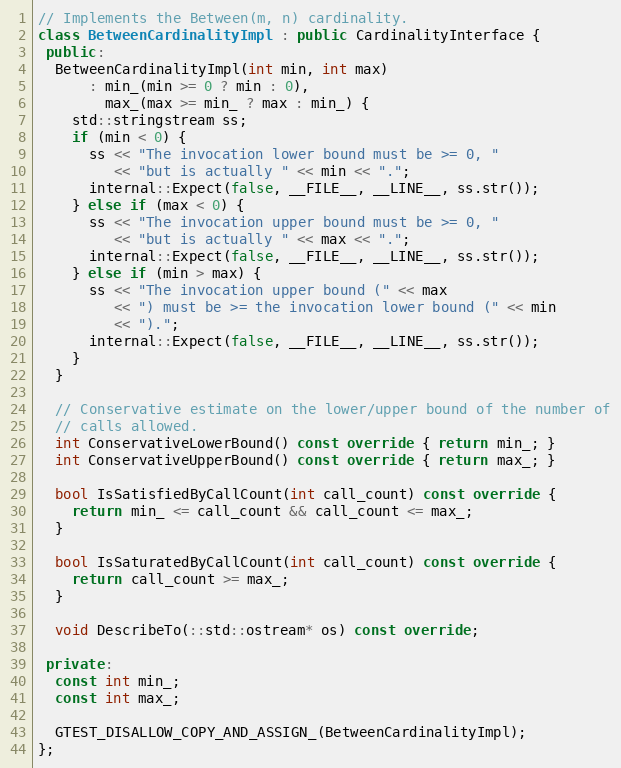
Language: C++
// Implements the Between(m, n) cardinality.
class BetweenCardinalityImpl : public CardinalityInterface {
 public:
  BetweenCardinalityImpl(int min, int max)
      : min_(min >= 0 ? min : 0),
        max_(max >= min_ ? max : min_) {
    std::stringstream ss;
    if (min < 0) {
      ss << "The invocation lower bound must be >= 0, "
         << "but is actually " << min << ".";
      internal::Expect(false, __FILE__, __LINE__, ss.str());
    } else if (max < 0) {
      ss << "The invocation upper bound must be >= 0, "
         << "but is actually " << max << ".";
      internal::Expect(false, __FILE__, __LINE__, ss.str());
    } else if (min > max) {
      ss << "The invocation upper bound (" << max
         << ") must be >= the invocation lower bound (" << min
         << ").";
      internal::Expect(false, __FILE__, __LINE__, ss.str());
    }
  }

  // Conservative estimate on the lower/upper bound of the number of
  // calls allowed.
  int ConservativeLowerBound() const override { return min_; }
  int ConservativeUpperBound() const override { return max_; }

  bool IsSatisfiedByCallCount(int call_count) const override {
    return min_ <= call_count && call_count <= max_;
  }

  bool IsSaturatedByCallCount(int call_count) const override {
    return call_count >= max_;
  }

  void DescribeTo(::std::ostream* os) const override;

 private:
  const int min_;
  const int max_;

  GTEST_DISALLOW_COPY_AND_ASSIGN_(BetweenCardinalityImpl);
};